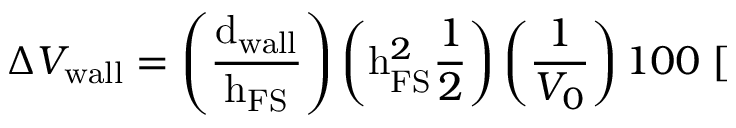
\Delta V _ { \mathrm { w a l l } } = \left( \frac { \mathrm { d } _ { \mathrm { w a l l } } } { \mathrm { h } _ { \mathrm { F S } } } \right) \left( \mathrm { h } _ { \mathrm { F S } } ^ { 2 } \frac { 1 } { 2 } \right) \left( \frac { 1 } { V _ { 0 } } \right) 1 0 0 \; [ \